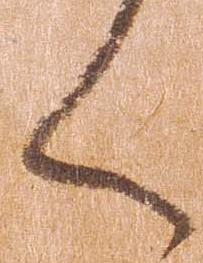
く